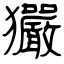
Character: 玁